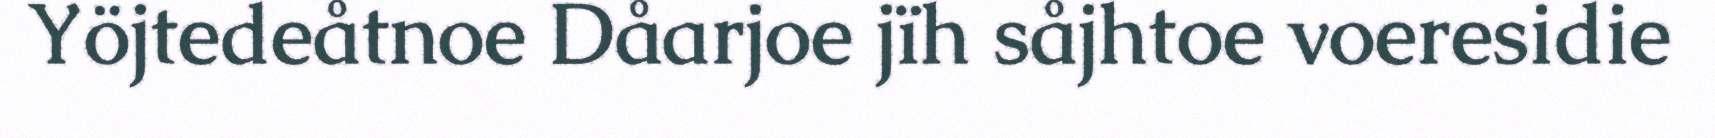
Yöjtedeåtnoe Dåarjoe jïh såjhtoe voeresidie